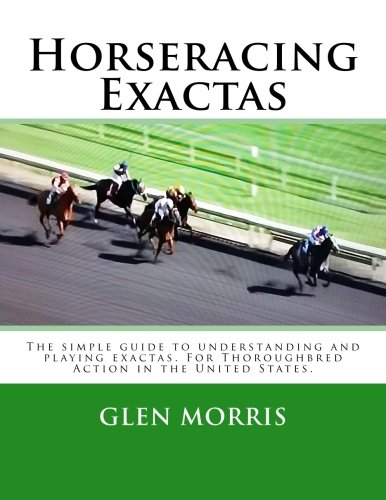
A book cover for Horseracing Exactas: The simple guide to understanding and playing exactas. For Thoroughbred Action in the United States.; Glen Morris; Humor & Entertainment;